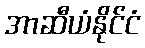
အာဆီယံနိုင်ငံ